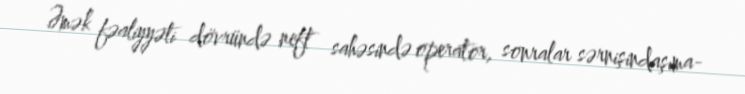
Əmək fəaliyyəti dövründə neft sahəsində operator, sonralar sərnişindaşıma-